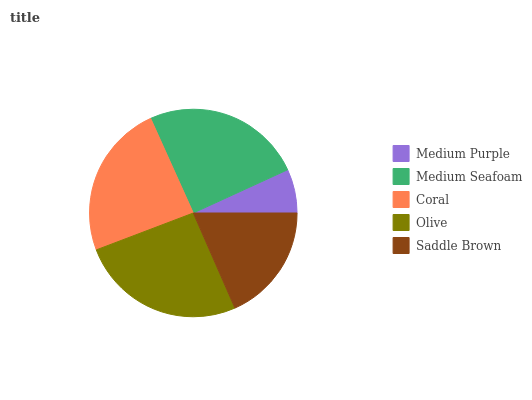
| Medium Purple | Medium Seafoam | Coral | Olive | Saddle Brown |
 | --- | --- | --- | --- | --- |
 | 6.85% | 24.8% | 24% | 25.8% | 18.5% |